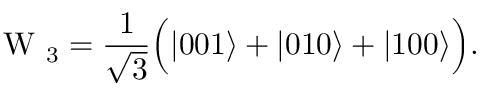
\mathrm { ~ W ~ } _ { 3 } = \frac { 1 } { \sqrt { 3 } } \Big ( \vert 0 0 1 \rangle + \vert 0 1 0 \rangle + \vert 1 0 0 \rangle \Big ) .